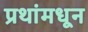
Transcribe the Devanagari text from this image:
प्रथांमधून